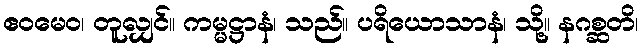
ဧဝမေဝ၊ တူလျှင်။ ကမ္မဋ္ဌာနံ၊ သည်။ ပရိယောသာနံ၊ သို့။ နဂစ္ဆတိ၊